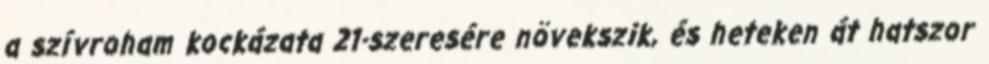
a szívroham kockázata 21-szeresére növekszik, és heteken át hatszor